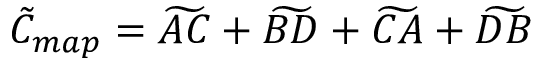
\tilde { C } _ { m a p } = \widetilde { A C } + \widetilde { B D } + \widetilde { C A } + \widetilde { D B }